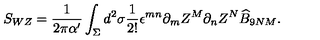
S _ { W Z } = \frac { 1 } { 2 \pi \alpha ^ { \prime } } \int _ { \Sigma } d ^ { 2 } \sigma \frac { 1 } { 2 ! } \epsilon ^ { m n } \partial _ { m } Z ^ { M } \partial _ { n } Z ^ { N } \widehat { B } _ { 9 N M } .